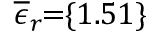
\! \! \! \! \! \! \! \! \! \! \! \overline { { \epsilon } } _ { r } \! \! = \! \! \{ 1 . 5 1 \} \! \! \!